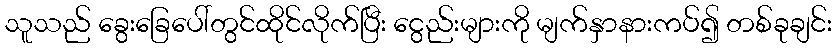
သူသည် ခွေးခြေပေါ်တွင်ထိုင်လိုက်ပြီး ငွေည်းများကို မျက်နှာနားကပ်၍ တစ်ခုချင်း